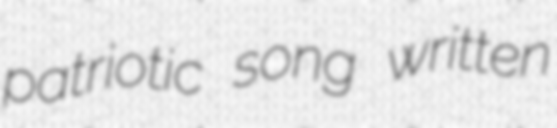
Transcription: patriotic song written